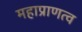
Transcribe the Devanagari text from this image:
महाप्राणत्व